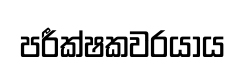
පරීක්ෂකවරයාය